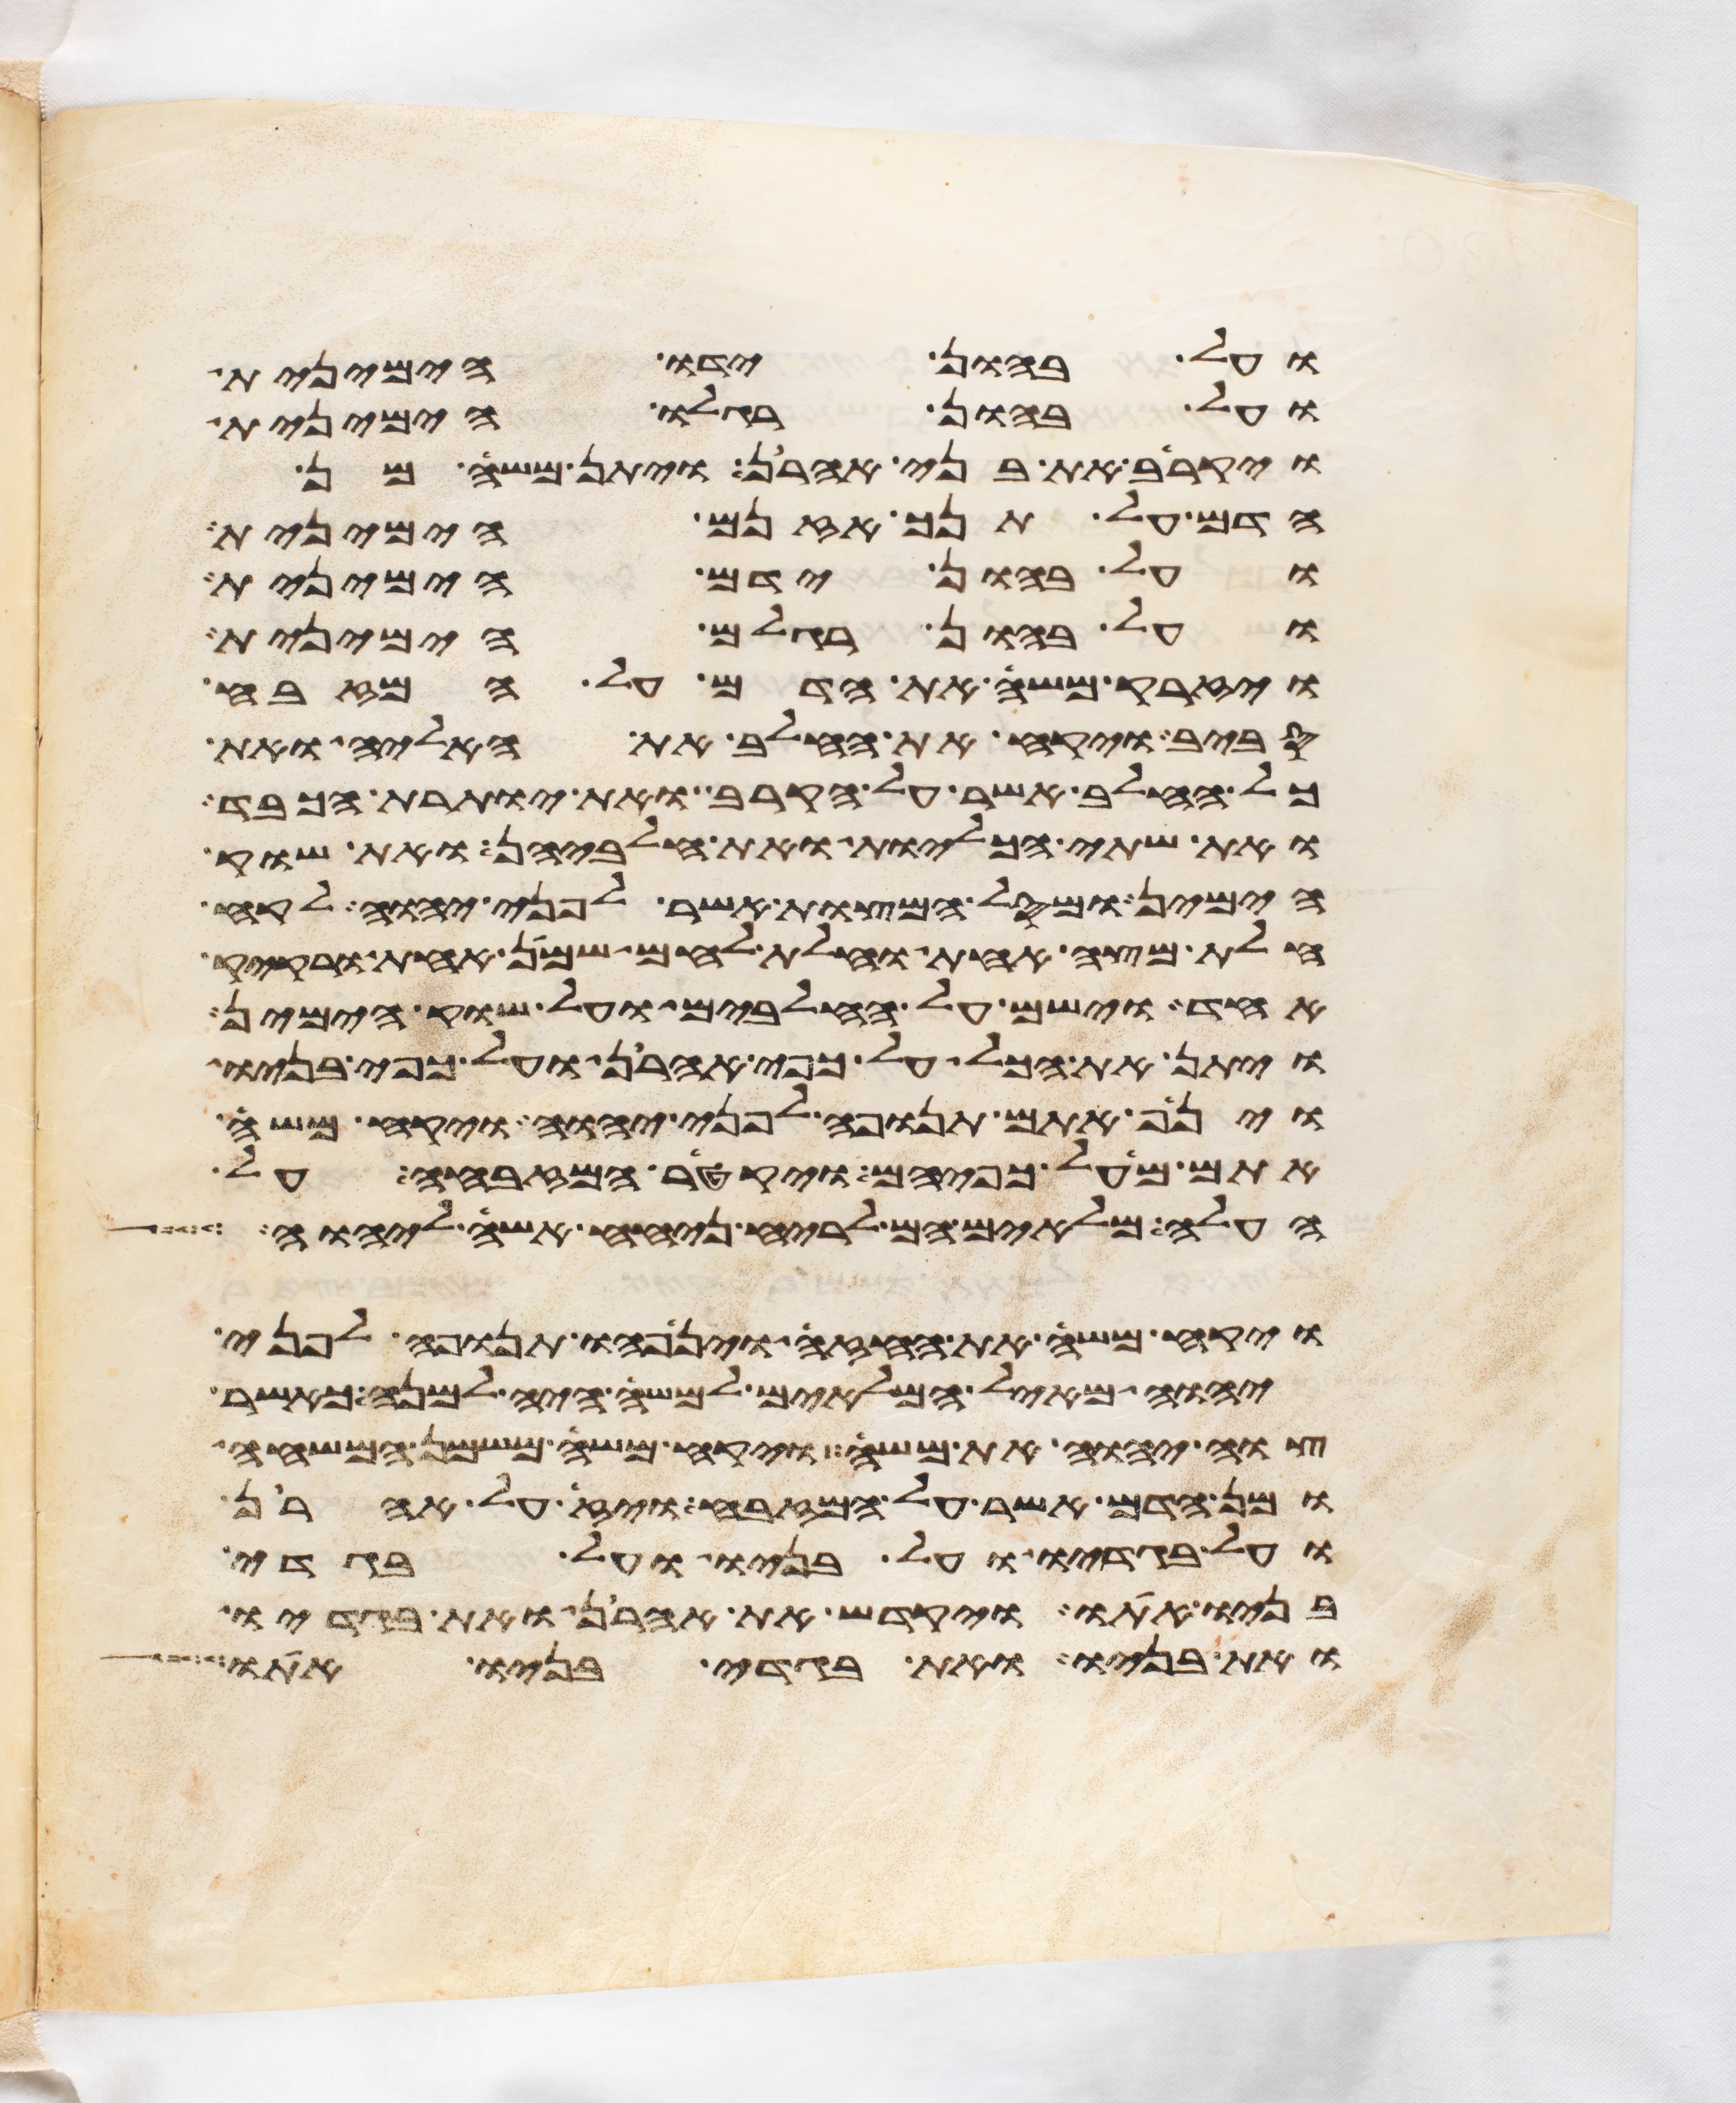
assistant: ועל בהון ידו הימנית
ועל בהון רגלו הימנית
ויקריב את בני אהרן ויתן משה מן
הדם על תנך אזנם הימנית
ועל בהון ידם הימנית
ועל בהון רגלם הימנית
ויזרק משה את הדם על המזבח
סביב ויקח את החלב את האליה ואת
כל החלב אשר על הקרב ואת יותרת הכבד
ואת שתי הכליות ואת חלביהן ואת שוק
הימין ומסל המצות אשר לפני יהוה לקח
חלת מצה אחת וחלת לחם שמן אחת ורקיק
אחד וישם על החלבים ועל שוק הימין
ויתן את הכל על כפי אהרן ועל כפי בניו
וינף אתם תנופה לפני יהוה ויקח משה
אתם מעל כפיהם ויקטר המזבחה על
העלה מלאים הם לריח ניחח אשה ליהוה
ויקח משה את החזה וינפהו תנופה לפני
יהוה מאיל המלאים למשה היה למנה כאשר
צוה יהוה את משה ויקח משה משמן המשחה
ומן הדם אשר על המזבח ויז על אהרן
ועל בגדיו ועל בניו ועל בגדי
בניו אתו ויקדש את אהרן ואת בגדיו
ואת בניו ואת בגדי בניו אתו